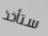
ستأخذ